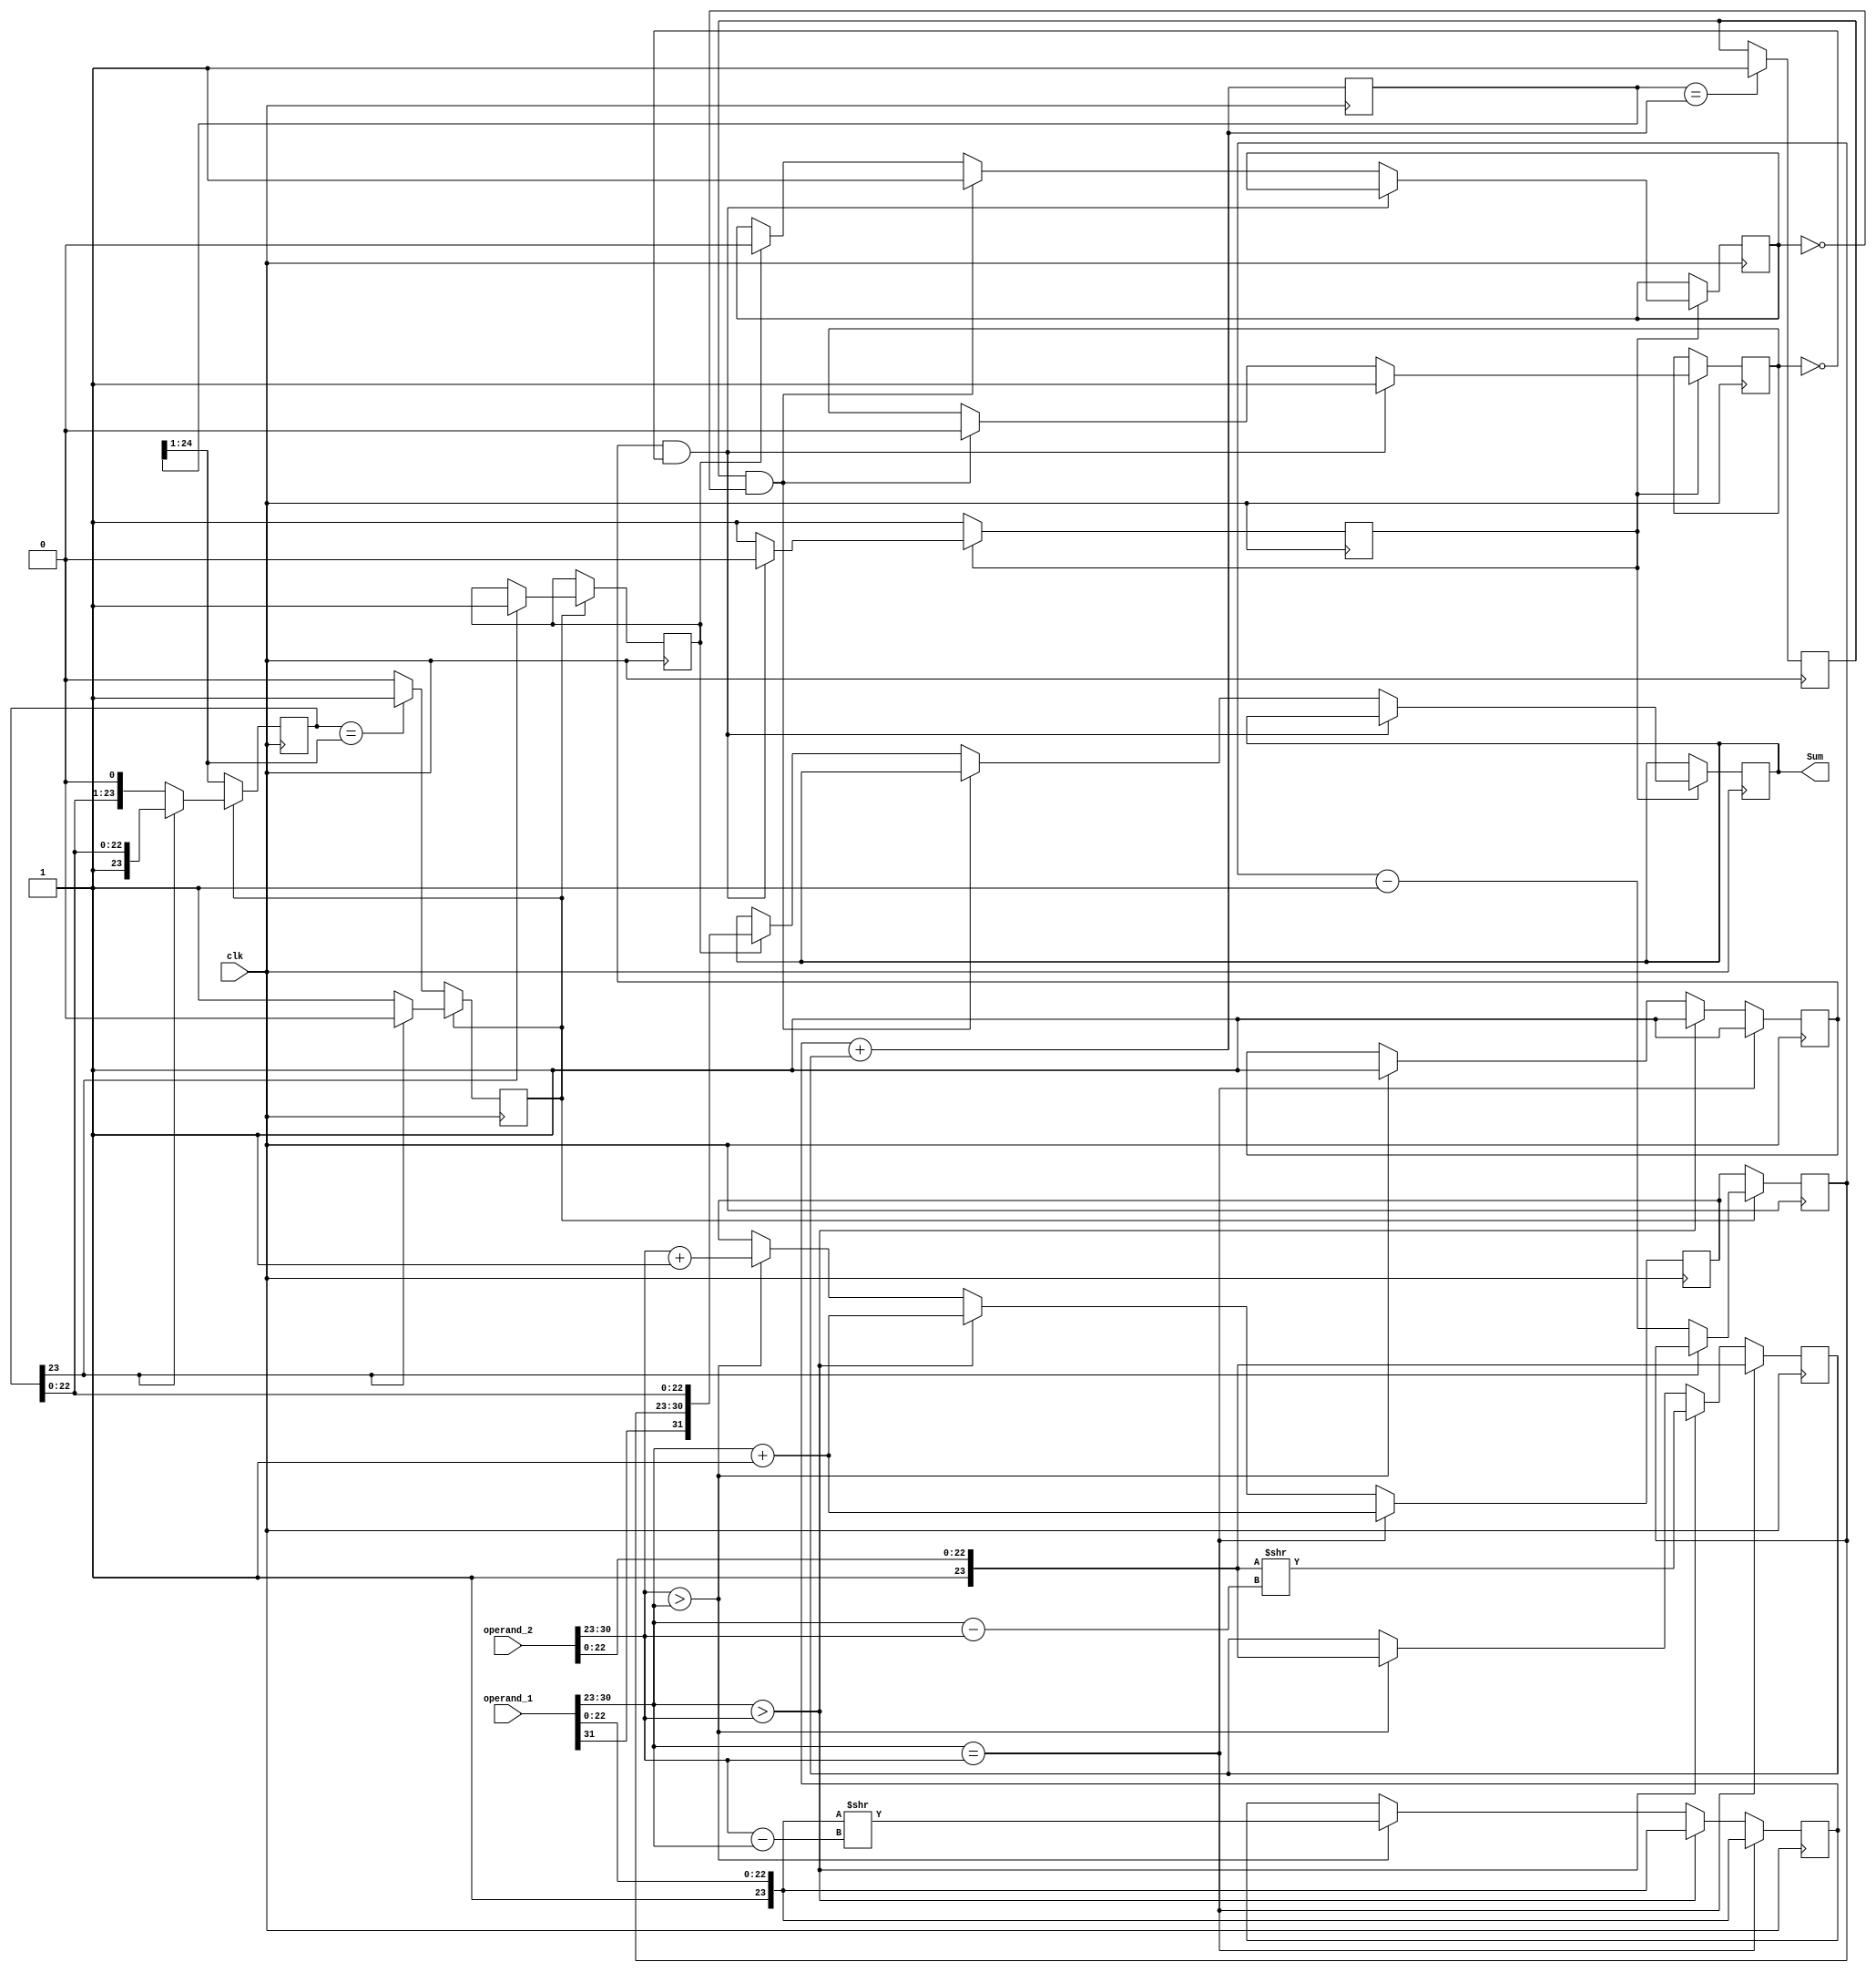
module adder(operand_1,operand_2,clk,Sum);

input [31:0] operand_1;
input [31:0] operand_2;
input [0:0] clk;
output [31:0] Sum;
reg [31:0] sum;
reg rst;
reg [7:0] exponent_final;
reg [23:0] mantissa_final;
reg [24:0] mantissa_sum;
reg [23:0] shifted_mantissa_1,shifted_mantissa_2;
reg [7:0] tmp_new_exponent;
reg [7:0] diff; 

reg busy_1=0;
reg busy_2=0;
reg busy_3=0;
reg done_1,done_2,done_3;

always @(posedge clk)
begin
    if(busy_1==0)
    begin
        busy_1<=1;    
    end
    else if (done_1==1 && busy_2==0)
    begin
        busy_1<=0;
        busy_2<=1;
    end
    else if(done_2==1 && busy_3==0)
    begin

        busy_2<=0;
        busy_3<=1;
    end
    else if(done_3==1)
    begin
        sum<={operand_1[31],exponent_final,mantissa_final[22:0]};
        busy_3<=0;
    end
end
assign Sum = sum; 


always @(posedge clk)
begin
    if(operand_1[30:23] == operand_2[30:23])
    begin
        shifted_mantissa_1<={1'b1,operand_1[22:0]};
        shifted_mantissa_2<={1'b1,operand_2[22:0]};
        tmp_new_exponent<=operand_1[30:23]+1'b1;
        done_1<=1;
    end
    else if(operand_1[30:23]>operand_2[30:23])
    begin
        diff=operand_1[30:23]-operand_2[30:23];
        shifted_mantissa_1<={1'b1,operand_1[22:0]};
        shifted_mantissa_2<=({1'b1,operand_2[22:0]}>>diff);
        tmp_new_exponent<=operand_1[30:23]+1'b1;
        done_1<=1;
    end
    else if(operand_2[30:23]>operand_1[30:23])
    begin
        diff=operand_2[30:23]-operand_1[30:23];
        shifted_mantissa_2<={1'b1,operand_2[22:0]};
        shifted_mantissa_1<=({1'b1,operand_1[22:0]}>>diff);
        tmp_new_exponent<=operand_2[30:23]+1'b1;
        done_1<=1;
    end
end

always @(posedge clk)
begin
    mantissa_sum<=shifted_mantissa_1+shifted_mantissa_2;
    if(mantissa_sum==(shifted_mantissa_1+shifted_mantissa_2))
    begin
        done_2<=1;
    end
end 


always @(posedge clk)
begin
    if(rst==0)
    begin
        mantissa_final<=mantissa_sum[24:1];
        exponent_final<=tmp_new_exponent;
        if(mantissa_final==mantissa_sum[24:1])
        begin
            rst<=1;
        end
    end
    else begin
        repeat(24) begin
            if(mantissa_final[23]==0)
            begin
                mantissa_final<=(mantissa_final<<1'b1);
                exponent_final<=exponent_final-1'b1;
            end
            else begin
                done_3<=1;
                rst<=0;
            end
        end
    end
end
endmodule